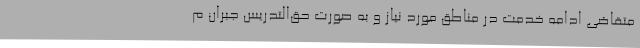
متقاضی ادامه خدمت در مناطق مورد نیاز و به صورت حق‌التدریس جبران م